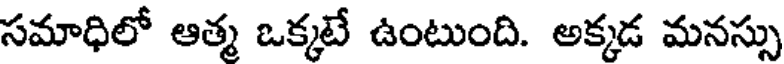
సమాధిలో ఆత్మ ఒక్కటే ఉంటుంది. అక్కడ మనస్సు